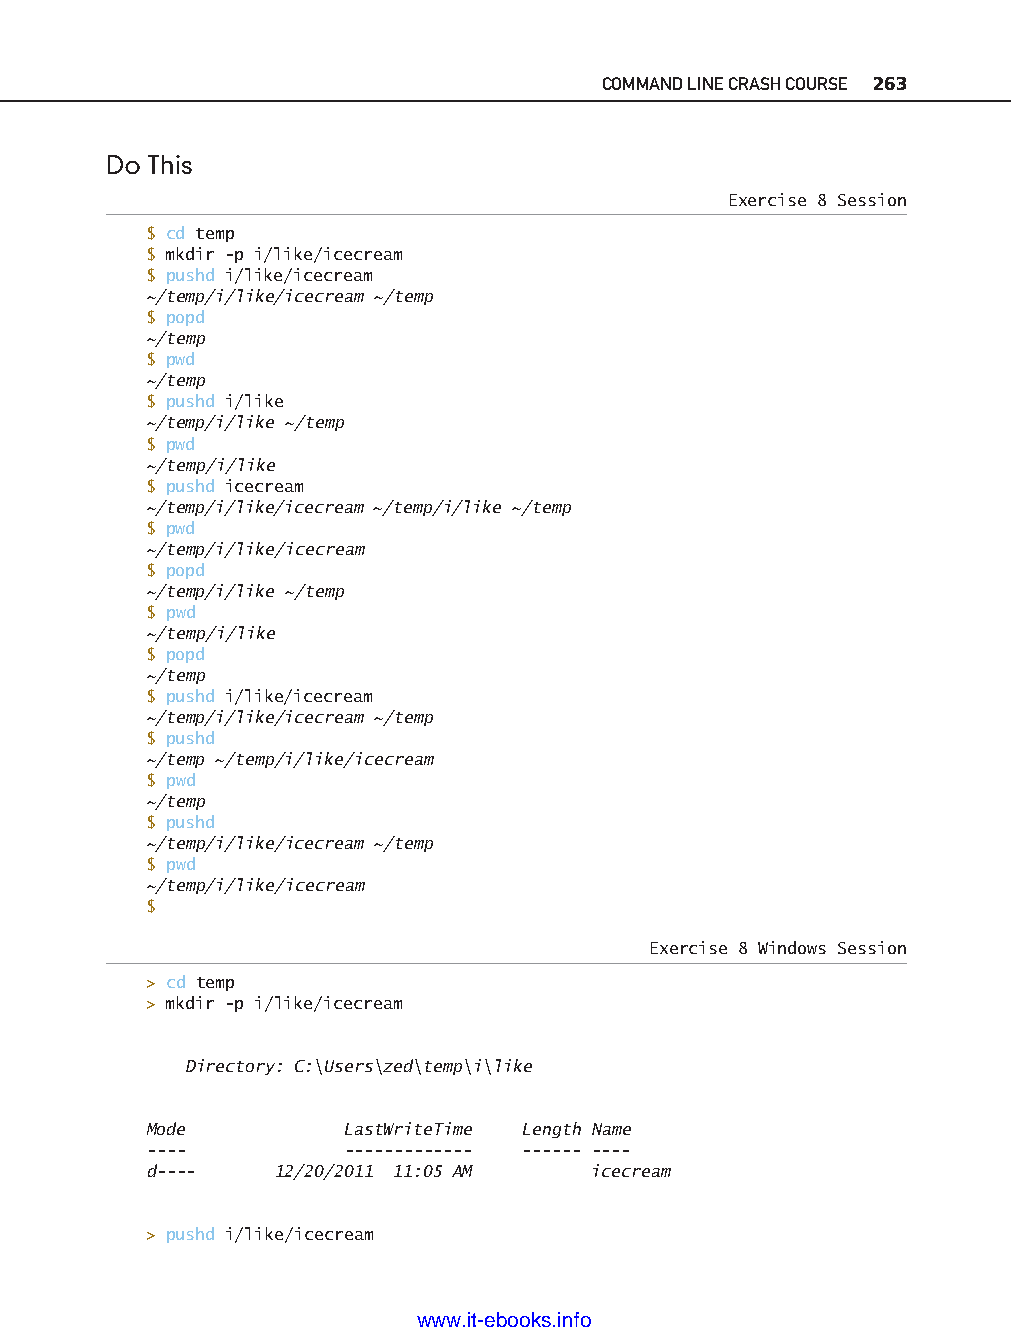
COMMAND LINE CRASH COURSE 263
 Do This
 Exercise 8 Session
 $ cd temp
 $ mkdir -p i/like/icecream
 $ pushd i/like/icecream
 ~/temp/i/like/icecream ~/temp
 $ popd
 ~/temp
 $ pwd
 ~/temp
 $ pushd i/like
 ~/temp/i/like ~/temp
 $ pwd
 ~/temp/i/like
 $ pushd icecream
 ~/temp/i/like/icecream ~/temp/i/like ~/temp
 $ pwd
 ~/temp/i/like/icecream
 $ popd
 ~/temp/i/like ~/temp
 $ pwd
 ~/temp/i/like
 $ popd
 ~/temp                                                                     ptg11539604
 $ pushd i/like/icecream
 ~/temp/i/like/icecream ~/temp
 $ pushd
 ~/temp ~/temp/i/like/icecream
 $ pwd
 ~/temp
 $ pushd
 ~/temp/i/like/icecream ~/temp
 $ pwd
 ~/temp/i/like/icecream
 $
 Exercise 8 Windows Session
 > cd temp
 > mkdir -p i/like/icecream
 Directory: C:\Users\zed\temp\i\like
 Mode         LastWriteTime Length Name
 -- - -       -- - - - - - - - - -- - -- - -- - -- - -
 d-- - -  12/20/2011 11:05 AM  icecream
 > pushd i/like/icecream
 www.it-ebooks.info